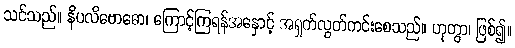
သင်သည်။ နိပလိဗောဓော၊ ကြောင့်ကြရန်အနှောင့် အရှက်လွတ်ကင်းစေသည်။ ဟုတွာ၊ ဖြစ်၍။